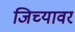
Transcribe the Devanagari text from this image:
जिच्यावर